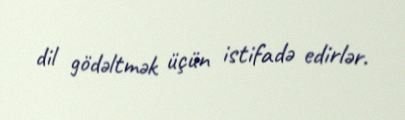
dil gödəltmək üçün istifadə edirlər.